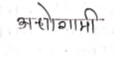
मजकूर: अधोगामी